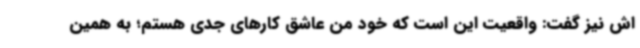
اش نیز گفت: واقعیت این است که خود من عاشق کارهای جدی هستم؛ به همین